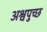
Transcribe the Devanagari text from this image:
अश्वपुच्छ